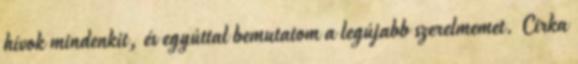
hívok mindenkit, és egyúttal bemutatom a legújabb szerelmemet. Cirka